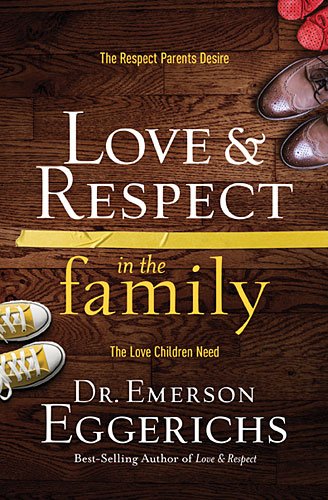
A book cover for Love & Respect in the Family: The Respect Parents Desire, the Love Children Need; Emerson Eggerichs; Parenting & Relationships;